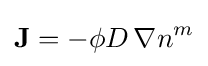
\mathbf {J} =-\phi D\,\nabla n^{m}